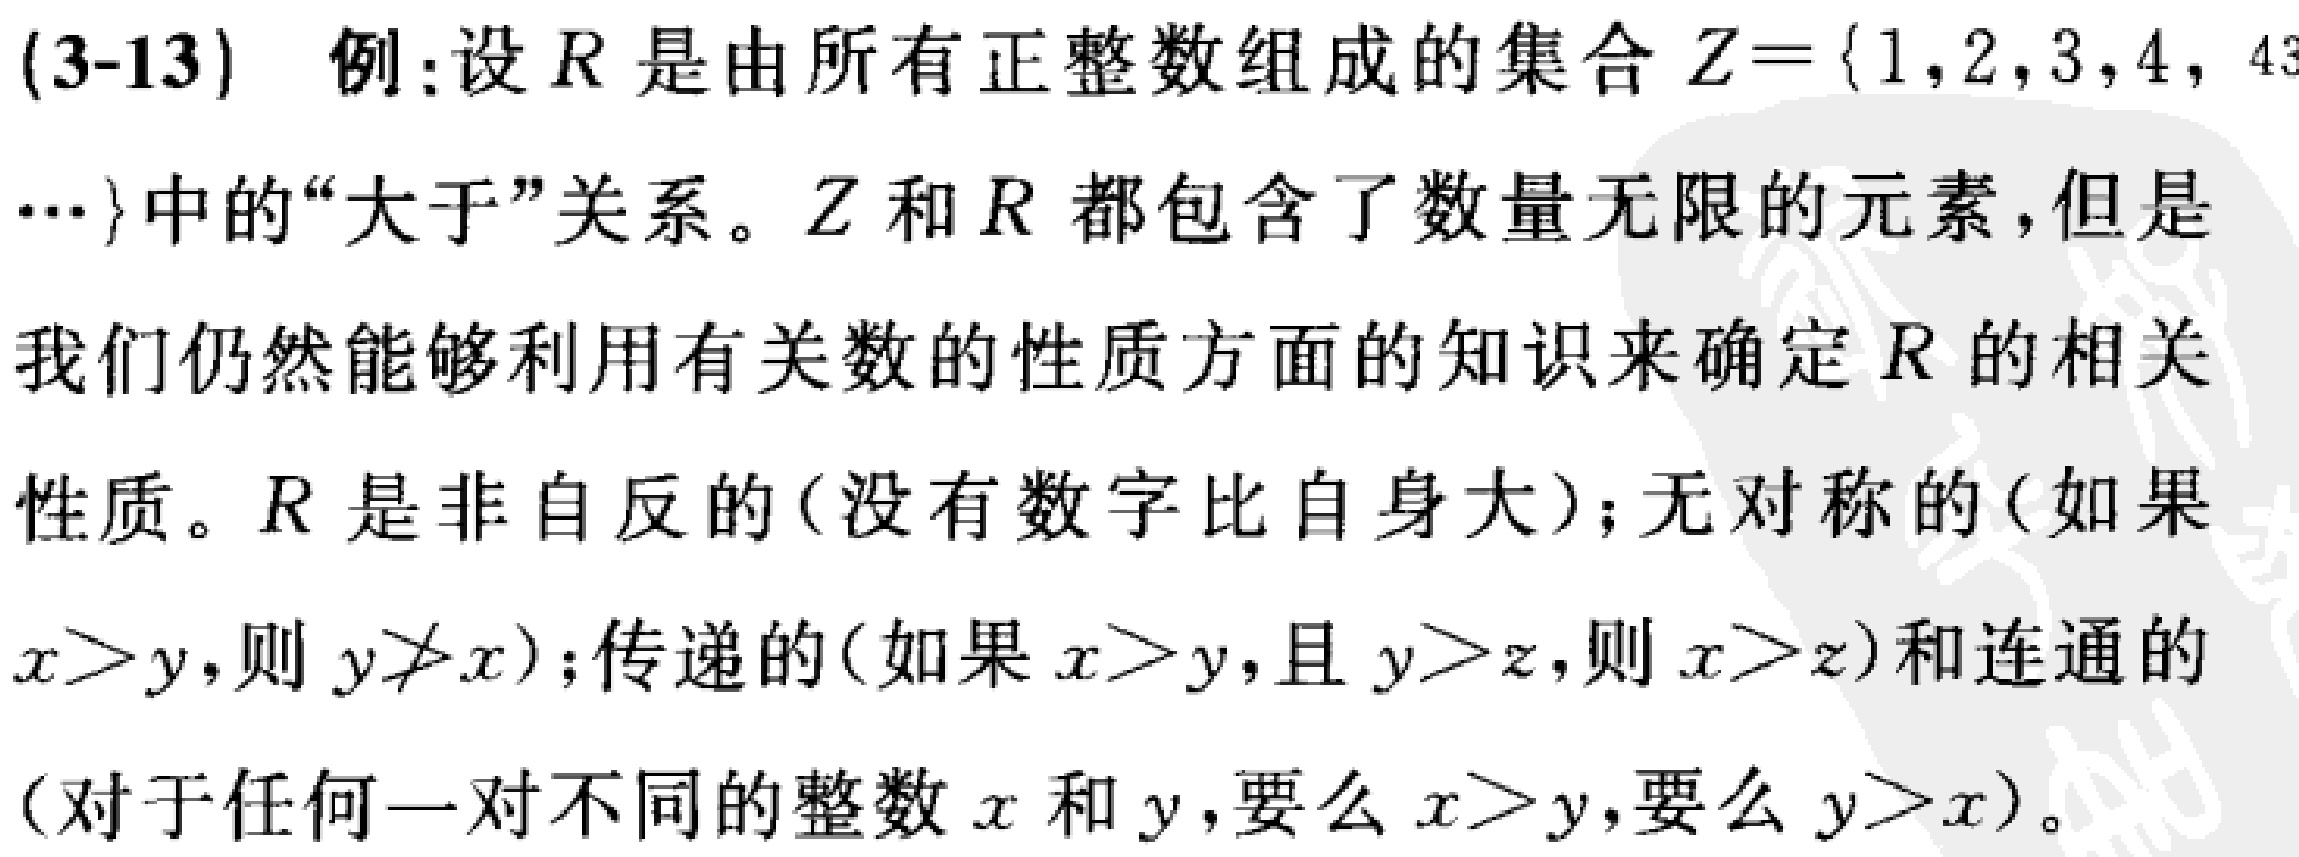
(3-13) 例:设 \(R\) 是由所有正整数组成的集合 \(Z = \{1,2,3,4,\cdots\}\) 中的“大于”关系。\(Z\) 和 \(R\) 都包含了数量无限的元素，但是我们仍然能够利用有关数的性质方面的知识来确定 \(R\) 的相关性质。\(R\) 是非自反的(没有数字比自身大);无对称的(如果 \(x > y\)，则 \(y \ngtr x\));传递的(如果 \(x > y\)，且 \(y > z\)，则 \(x > z\)) 和连通的(对于任何一对不同的整数 \(x\) 和 \(y\)，要么 \(x > y\)，要么 \(y > x\))。